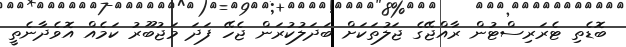
ބޮޑެތި ޓެރަރިސްޓުން ރާއްޖޭގެ ޖަލުތަކަށް ބަދަލުކުރަން ޖެހޭ ފަދަ މަޖުބޫރު ކަމެއް އޮވެދާނެތީ